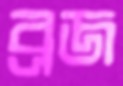
ব্রজ